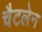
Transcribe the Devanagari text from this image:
चैटलेन